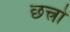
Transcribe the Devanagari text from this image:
छत्त्रो